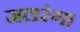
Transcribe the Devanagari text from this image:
जलरंग।